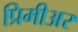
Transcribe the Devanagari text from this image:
प्रिमीअर